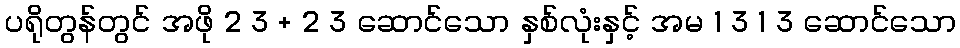
ပရိုတွန်တွင် အဖို 2 3 + 2 3 ဆောင်သော နှစ်လုံးနှင့် အမ 1 3 1 3 ဆောင်သော